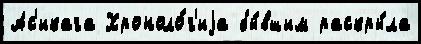
Ас'икага Хроноло́г'иjа бы́вшим раскры́ла